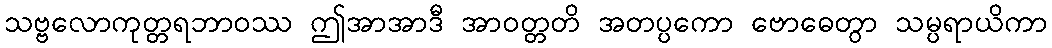
သဗ္ဗလောကုတ္တရဘာဝဿ ဤအာအာဒီ အာဝတ္တတိ အတပ္ပကော ဗောဓေတွာ သမ္ပရာယိကာ